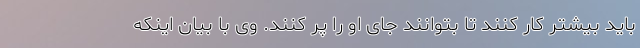
باید بیشتر کار کنند تا بتوانند جای او را پر کنند. وی با بیان اینکه